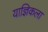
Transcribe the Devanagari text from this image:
याज्ञिकला